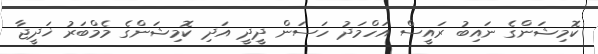
ކޮމިޝަންގެ ނައިބު ރައީސް އަހްމަދު ހަސަން ދީދީ އަދި ކޮމިޝަންގެ މެމްބަރު ޚަދީޖާ